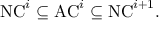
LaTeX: { \mathrm { N C } } ^ { i } \subseteq { \mathrm { A C } } ^ { i } \subseteq { \mathrm { N C } } ^ { i + 1 } .